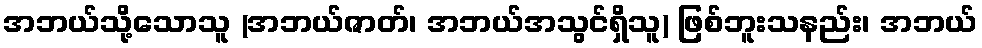
အဘယ်သို့သောသူ (အဘယ်ဇာတ်၊ အဘယ်အသွင်ရှိသူ) ဖြစ်ဘူးသနည်း၊ အဘယ်